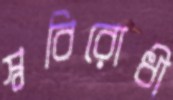
স্ববিরোধী